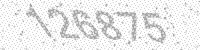
Solution: 126875